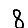
Digit: 8